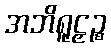
အဘိရူဠှဉ္စ